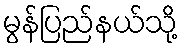
မွန်ပြည်နယ်သို့